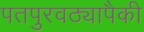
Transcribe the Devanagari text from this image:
पतपुरवठ्यापैकी